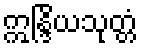
ဣန္ဒြိယသုတ္တံ